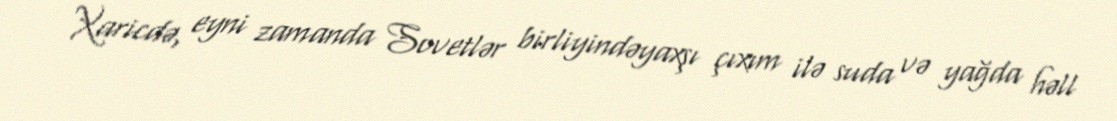
Xaricdə, eyni zamanda Sovetlər birliyindəyaxşı çıxım ilə suda və yağda həll